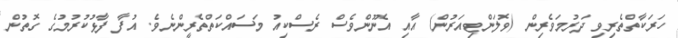
ހަރަކާތްތެރިވި ދަރުމަވެރިން (ވޮލަންޓިއަރުން) އާއި އެނޫންވެސް ރެސްކިއު މަސައްކަތްތެރީންނެވެ. އުފާ ފާޅުކުރުމުގެ ގޮތުން